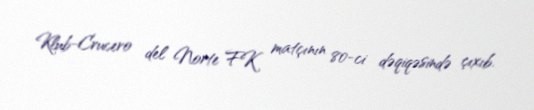
Klub-Crucero del Norte FK matçının 80-ci dəqiqəsində çıxıb.